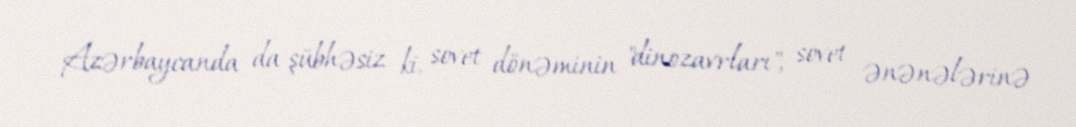
Azərbaycanda da şübhəsiz ki, sovet dönəminin "dinozavrları", sovet ənənələrinə